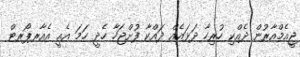
ޖީއެމްއާރުން ދެއްކި ހުރިހާ ދަޅައެއް ދައްކާ ފުށްޖަހާ ހެދީ ހަމަ އެއީ އެއާރޕޯރޓް